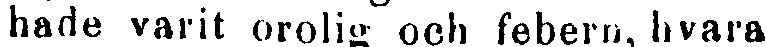
hade varit orolig och febern, hvara